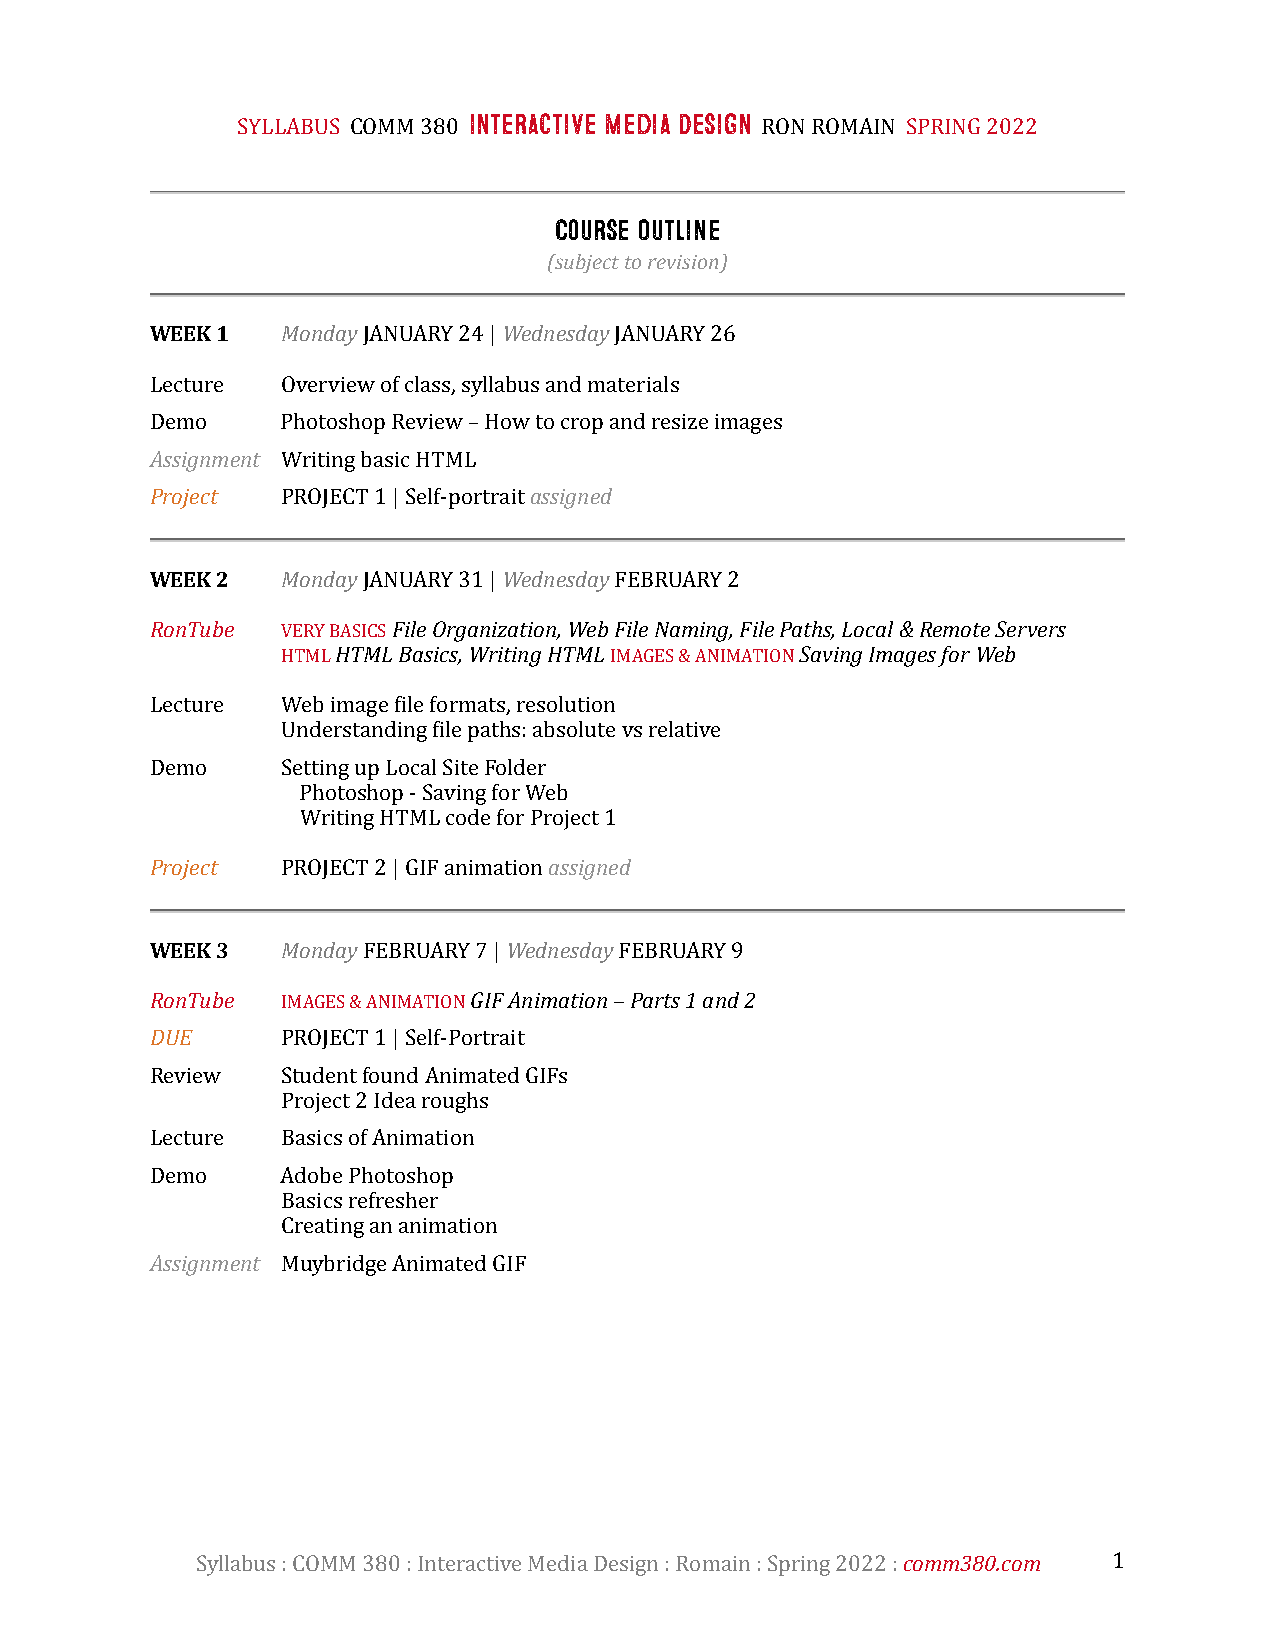
Interactive Media Design
 SYLLABUS COMM 380                 RON ROMAIN SPRING 2022
 Course Outline
 (subject to revision)
 WEEK 1   Monday JANUARY 24 | Wednesday JANUARY 26
 Lecture  Overview of class, syllabus and materials
 Demo     Photoshop Review – How to crop and resize images
 Assignment Writing basic HTML
 Project  PROJECT 1 | Self-portrait assigned
 WEEK 2   Monday JANUARY 31 | Wednesday FEBRUARY 2
 RonTube  VERY BASICS File Organization, Web File Naming, File Paths, Local & Remote Servers
 HTML HTML Basics, Writing HTML IMAGES & ANIMATION Saving Images for Web
 Lecture  Web image Zile formats, resolution
 Understanding Zile paths: absolute vs relative
 Demo     Setting up Local Site Folder
 Photoshop - Saving for Web
 Writing HTML code for Project 1
 Project  PROJECT 2 | GIF animation assigned
 WEEK 3   Monday FEBRUARY 7 | Wednesday FEBRUARY 9
 RonTube  IMAGES & ANIMATION GIF Animation – Parts 1 and 2
 DUE      PROJECT 1 | Self-Portrait
 Review   Student found Animated GIFs
 Project 2 Idea roughs
 Lecture  Basics of Animation
 Demo     Adobe Photoshop
 Basics refresher
 Creating an animation
 Assignment Muybridge Animated GIF
 Syllabus : COMM 380 : Interactive Media Design : Romain : Spring 2022 : comm380.com 1